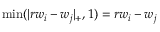
\operatorname* { m i n } ( | r w _ { i } - w _ { j } | _ { + } , 1 ) = r w _ { i } - w _ { j }